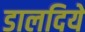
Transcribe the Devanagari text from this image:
डालदिये